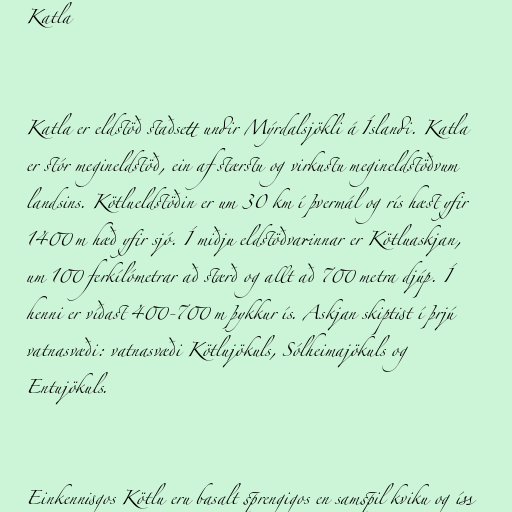
Katla

Katla er eldstöð staðsett undir Mýrdalsjökli á Íslandi. Katla
er stór megineldstöð, ein af stærstu og virkustu megineldstöðvum
landsins. Kötlueldstöðin er um 30 km í þvermál og rís hæst yfir
1400 m hæð yfir sjó. Í miðju eldstöðvarinnar er Kötluaskjan,
um 100 ferkílómetrar að stærð og allt að 700 metra djúp. Í
henni er víðast 400-700 m þykkur ís. Askjan skiptist í þrjú
vatnasvæði: vatnasvæði Kötlujökuls, Sólheimajökuls og
Entujökuls.

Einkennisgos Kötlu eru basalt sprengigos en samspil kviku og íss